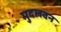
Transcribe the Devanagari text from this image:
मुदलवन